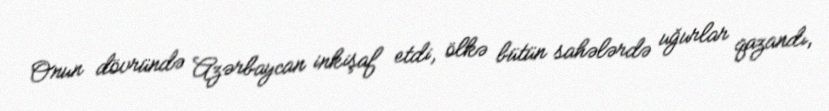
Onun dövründə Azərbaycan inkişaf etdi, ölkə bütün sahələrdə uğurlar qazandı,